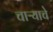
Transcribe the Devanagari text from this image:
चाऱ्याचे